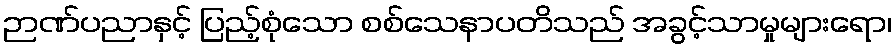
ဉာဏ်ပညာနှင့် ပြည့်စုံသော စစ်သေနာပတိသည် အခွင့်သာမှုများရော၊